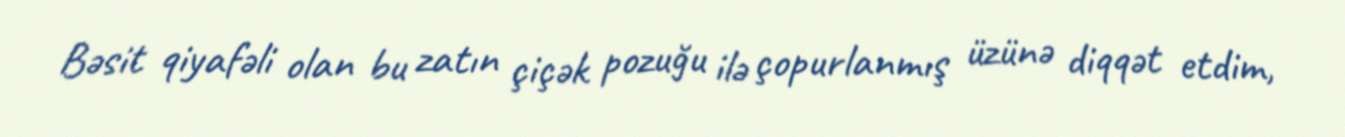
Bəsit qiyafəli olan bu zatın çiçək pozuğu ilə çopurlanmış üzünə diqqət etdim,